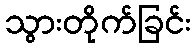
သွားတိုက်ခြင်း